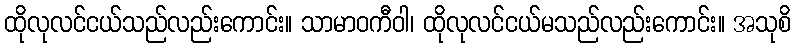
ထိုလုလင်ငယ်သည်လည်းကောင်း။ သာမာဝကီဝါ၊ ထိုလုလင်ငယ်မသည်လည်းကောင်း။ အသုစိ